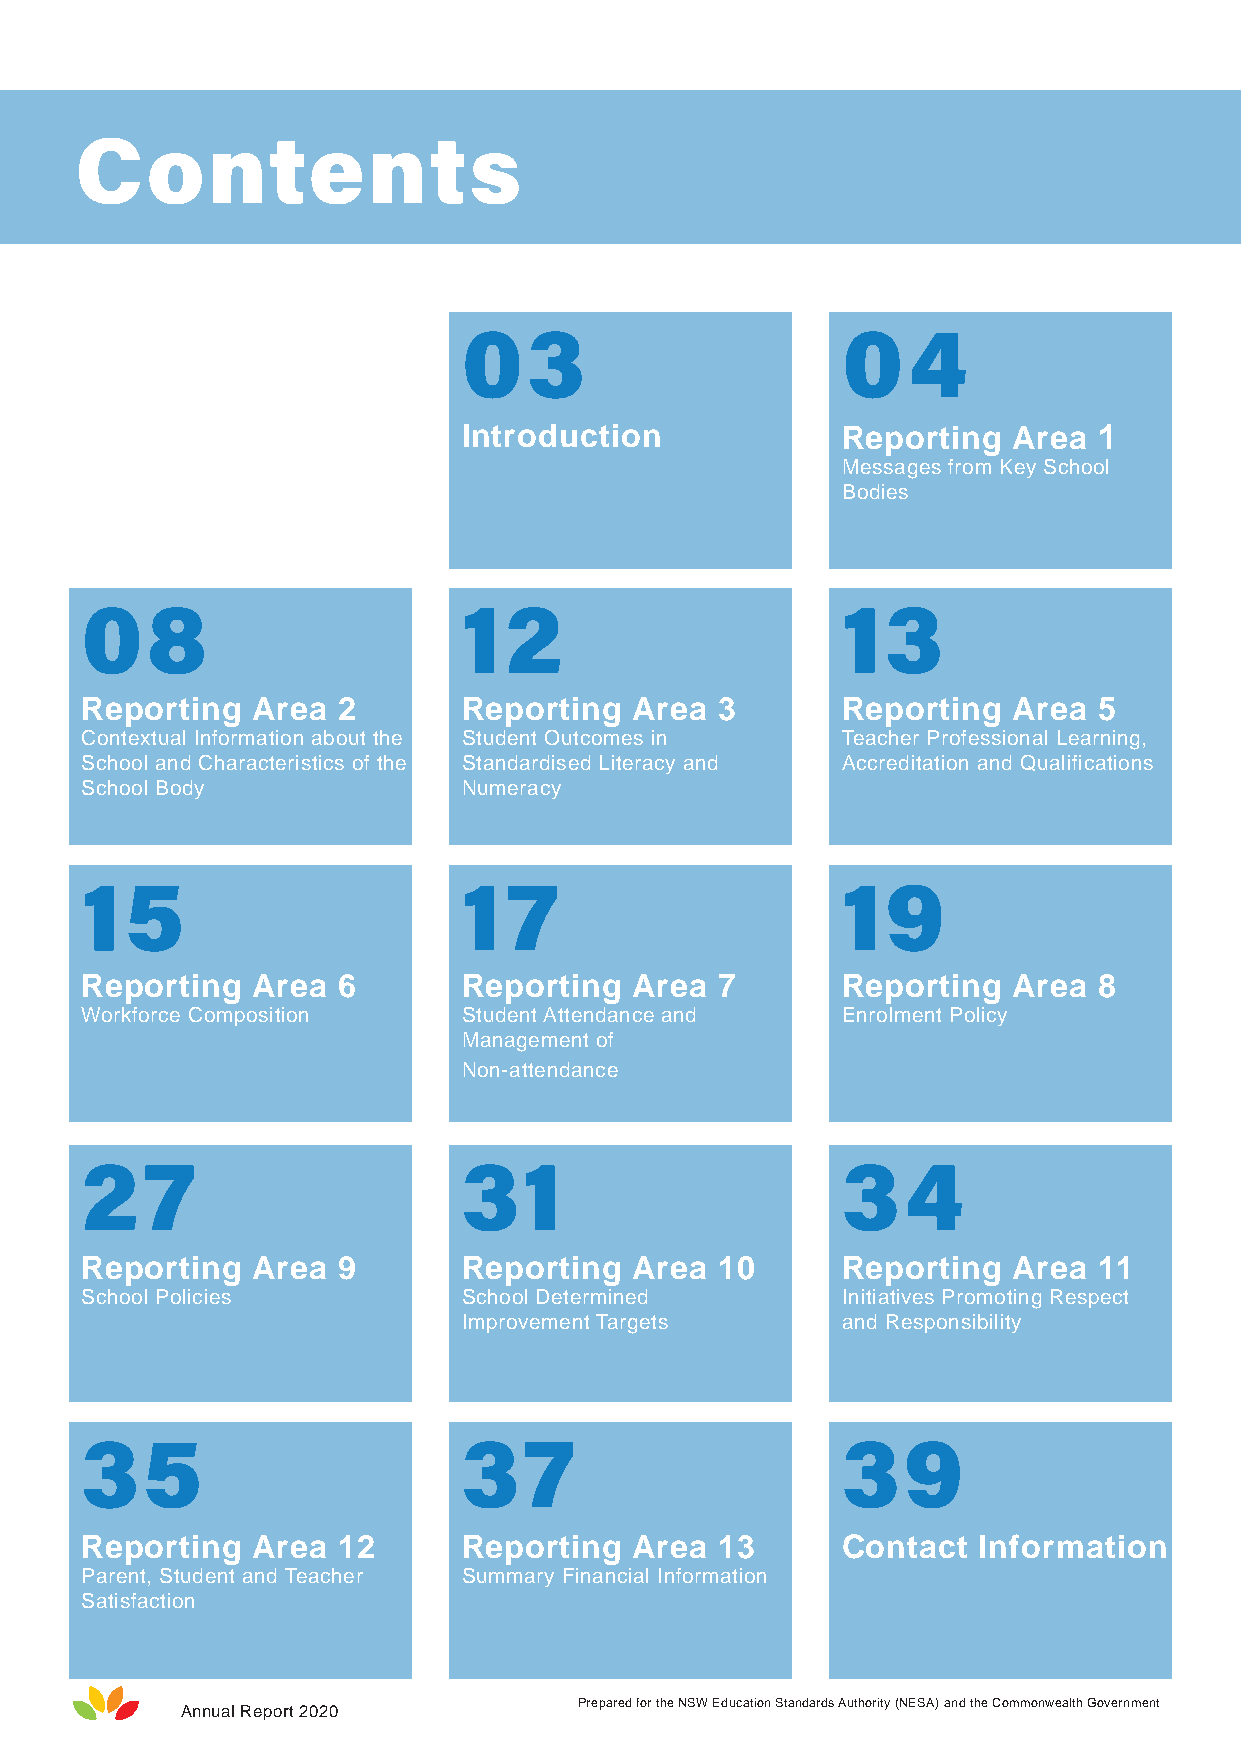
Contents
 03                       04
 Introduction             Reporting  Area  1
 Messages from Key School
 Bodies
 08                        12                       13
 Reporting   Area 2        Reporting  Area  3       Reporting  Area  5
 Contextual Information about the Student Outcomes in Teacher Professional Learning,
 School and Characteristics of the Standardised Literacy and Accreditation and Qualifications
 School Body               Numeracy
 15                        17                       19
 Reporting   Area 6        Reporting  Area  7       Reporting  Area  8
 Workforce Composition     Student Attendance and   Enrolment Policy
 Management of
 Non-attendance
 27                        31                       34
 Reporting   Area 9        Reporting  Area  10      Reporting  Area  11
 School Policies           School Determined        Initiatives Promoting Respect
 Improvement Targets      and Responsibility
 35                        37                       39
 Reporting   Area 12       Reporting  Area  13      Contact  Information
 Parent, Student and Teacher Summary Financial Information
 Satisfaction
 Prepared for the NSW Education Standards Authority (NESA) and the Commonwealth Government
 Annual Report 2020